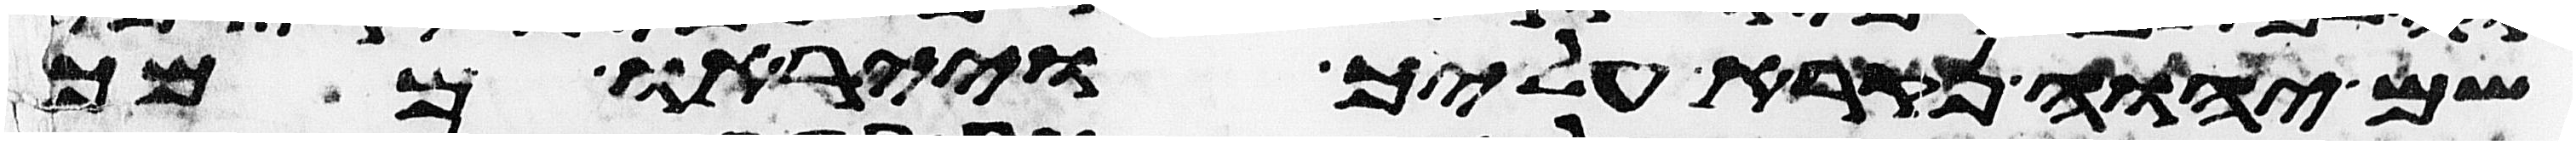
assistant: שם יהוה נקרא עליך וייראו ממך